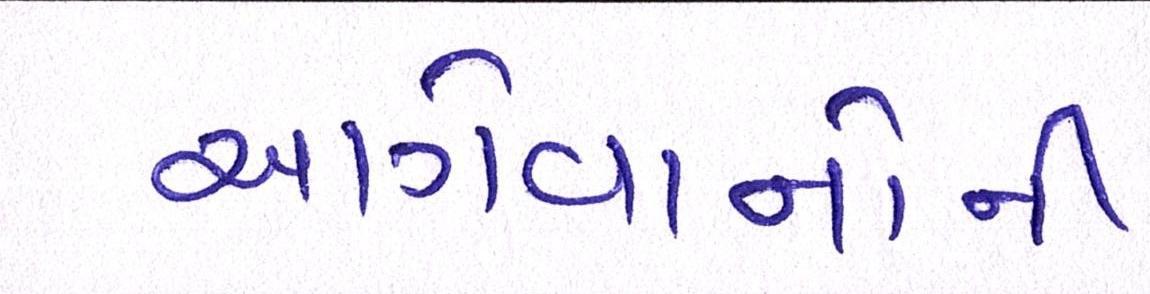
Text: આગેવાનોની